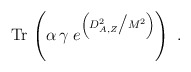
\begin{align*}{\rm Tr}\,\left( \alpha\, \gamma\;e^{ \left( D_{A,Z}^2 \big/ M^2\right)}\right)~.\end{align*}